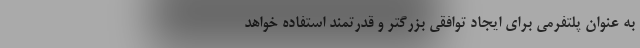
به عنوان پلتفرمی برای ایجاد توافقی بزرگتر و قدرتمند استفاده خواهد